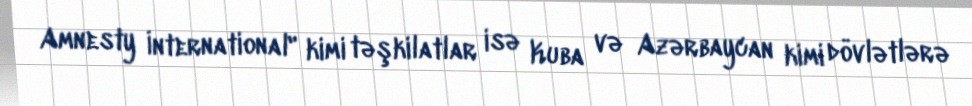
Amnesty İnternational" kimi təşkilatlar isə Kuba və Azərbaycan kimi dövlətlərə